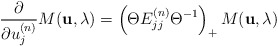
\begin{align*}\frac{\partial}{\partial u^{(n)}_j} M ({\bf u}, \lambda) = \left(\Theta E^{(n)}_{jj} \Theta^{-1} \right)_{+} M ({\bf u}, \lambda) \end{align*}